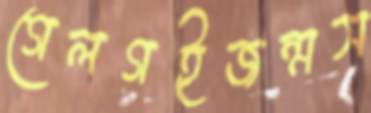
গেলগইজন্মস